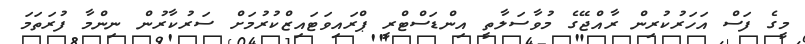
މީގެ ފަސް އަހަރުކުރިން ރާއްޖޭގެ މުވާސަލާތީ އިންޑަސްޓްރީ ޕްރައިވަޓައިޒްކުރުމަށް ސަރުކާރުން ނިންމާ ފުރަތަމަ